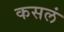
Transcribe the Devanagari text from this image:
कसलं